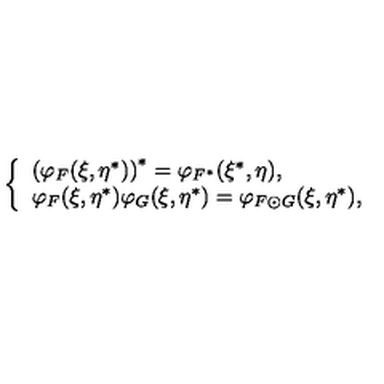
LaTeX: \left\{ \begin{array} { l } { \left( \varphi _ { F } ( \xi , \eta ^ { * } ) \right) ^ { * } = \varphi _ { F ^ { * } } ( \xi ^ { * } , \eta ) , } \\ { \varphi _ { F } ( \xi , \eta ^ { * } ) \varphi _ { G } ( \xi , \eta ^ { * } ) = \varphi _ { F \odot G } ( \xi , \eta ^ { * } ) , } \\ \end{array} \right.